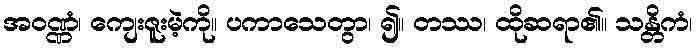
အဝဏ္ဏံ၊ ကျေးဇူးမဲ့ကို။ ပကာသေတွာ၊ ၍။ တဿ၊ ထိုဆရာ၏။ သန္တိကံ၊